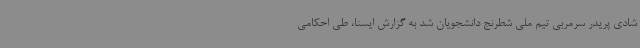
شادی پریدر سرمربی تیم ملی شطرنج دانشجویان شد به گزارش ایسنا، طی احکامی